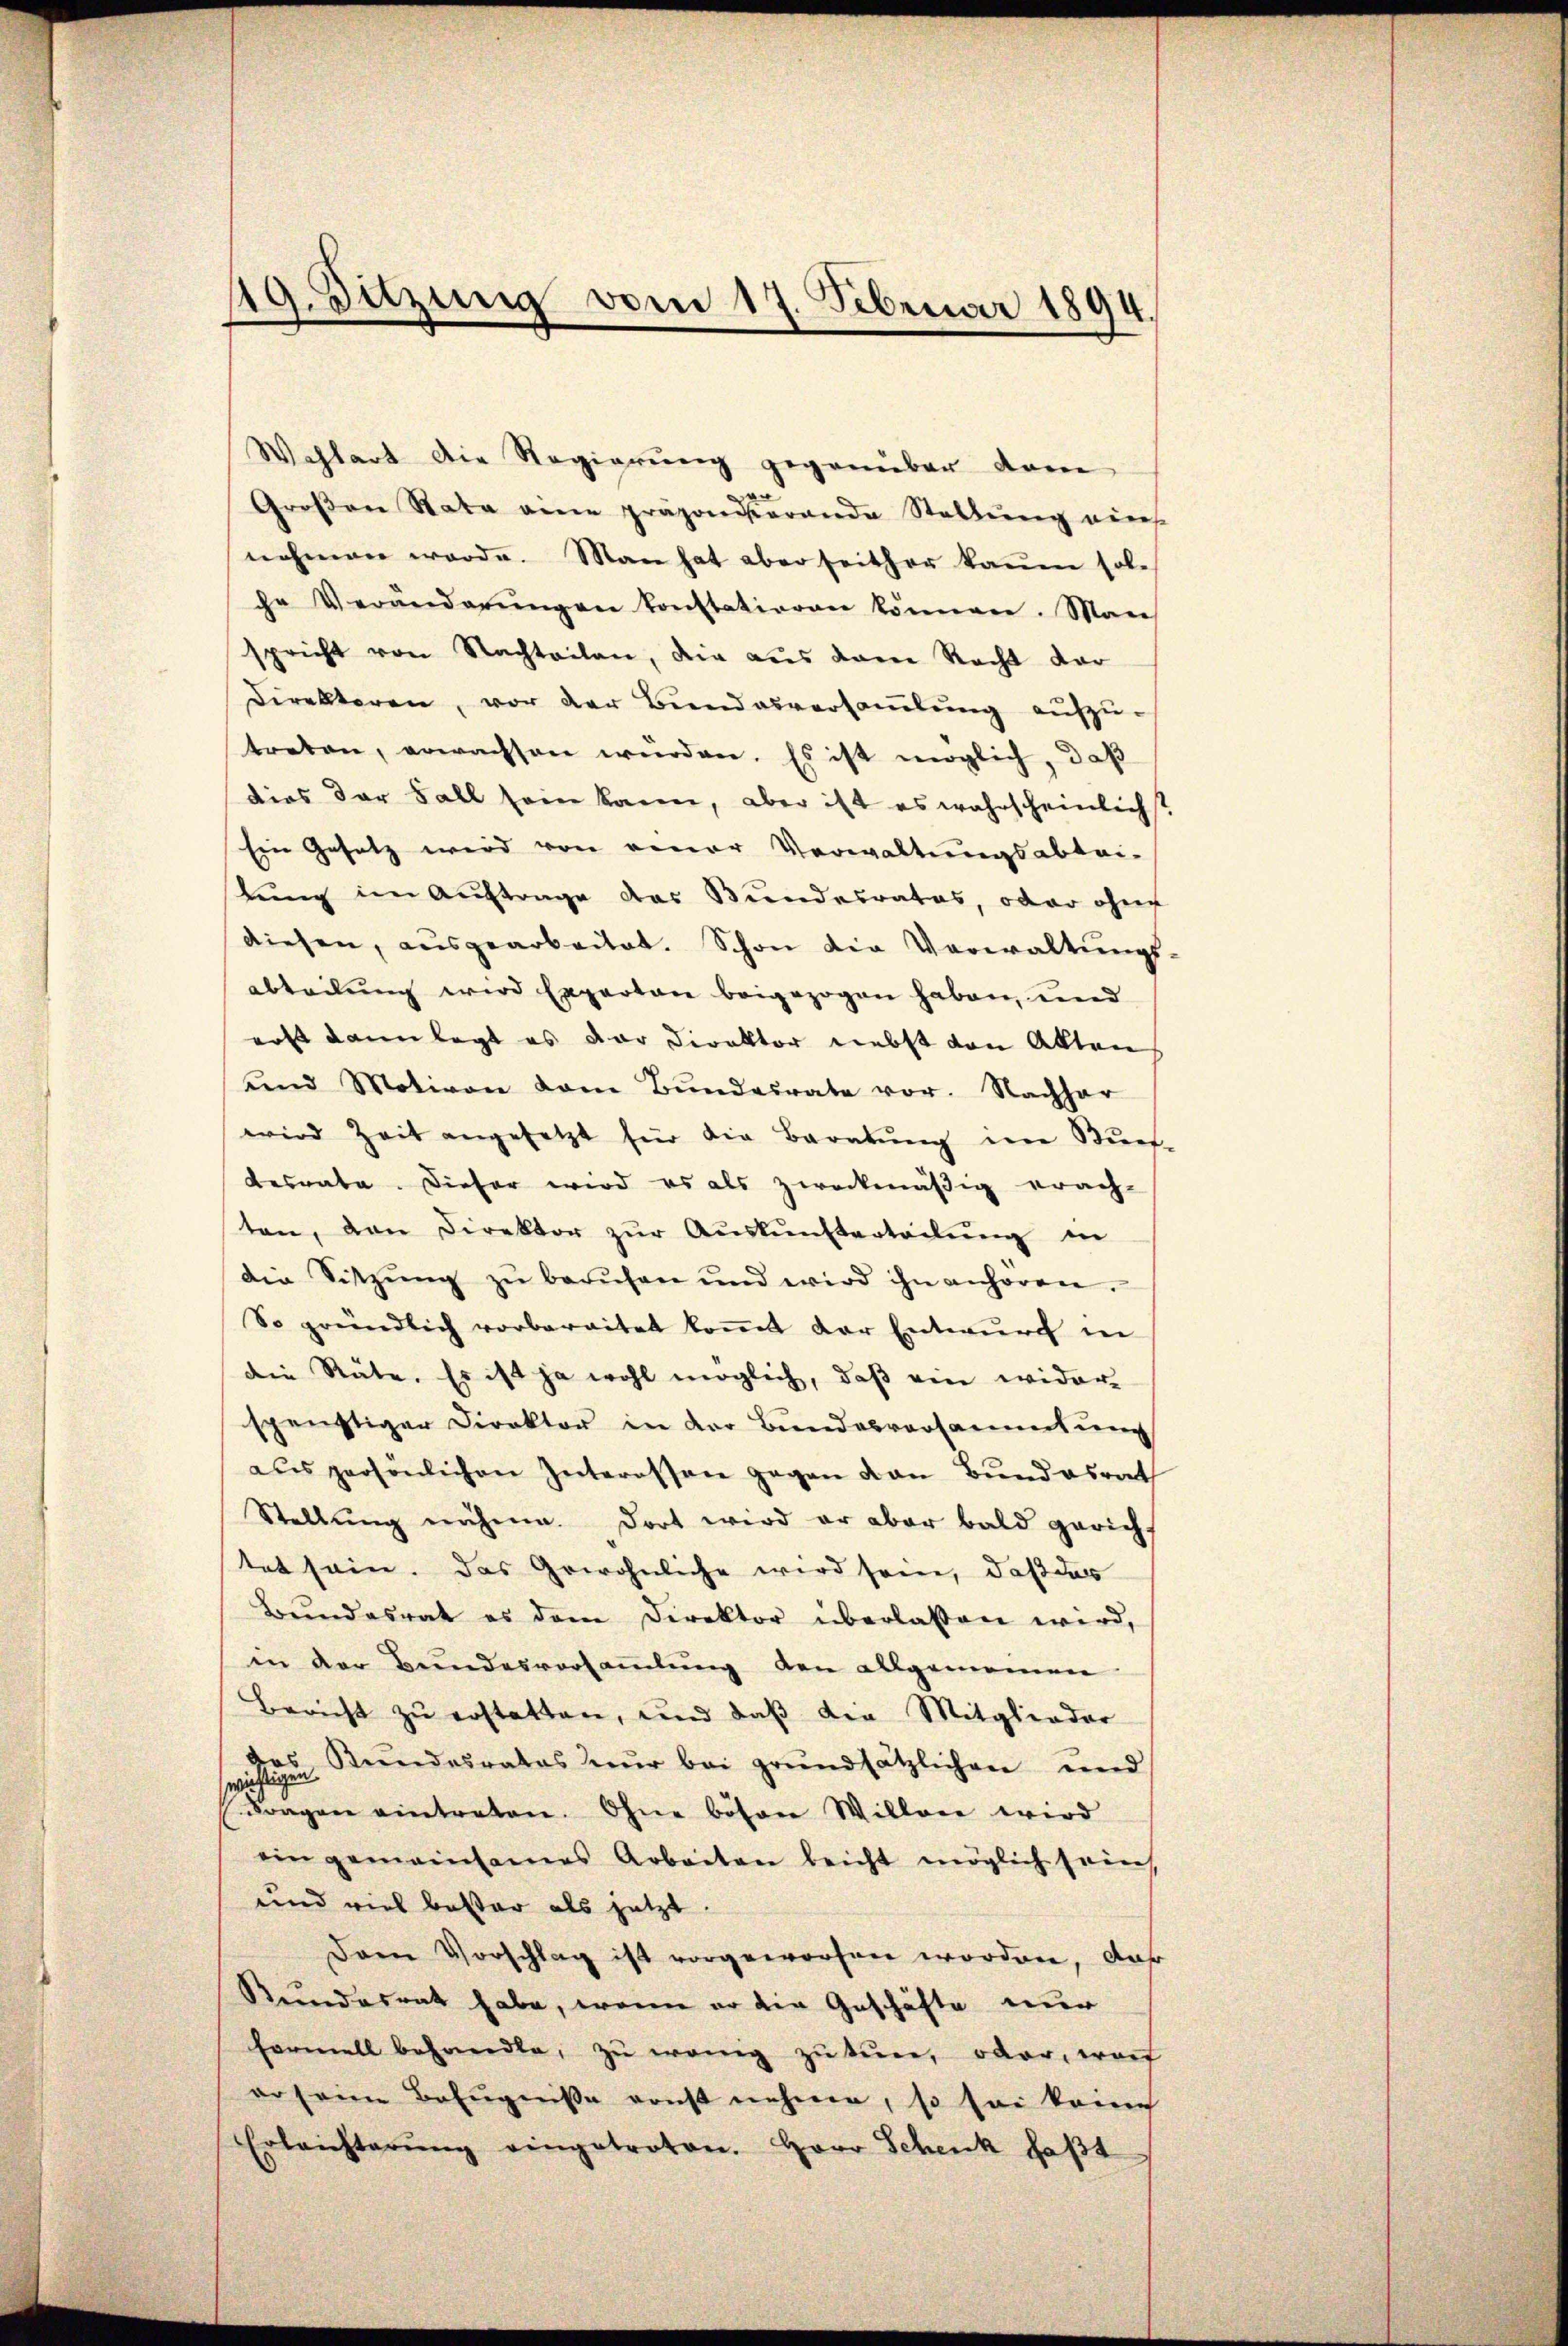
19. Sitzung vom 17. Februar 1894.
e

Wahlart die Regierung gegenüber dam
e
Groβen Stata eine präponierende Stellŭng aus
nehmen werde. Man hat aber seither kaum sol-
che Veränderŭngen konstationen können. Man
spricht von Nachteilen, die aus dem Recht dar
Direktoren, vor der Bundesversaṁlŭng aufzu-
treten, erwachsen würden. Es ist möglich, daß
dies der Fall sein kann, aber ist es wahrscheinlicht
Ein Gesetz wird von einer Verwaltungsabtri-
lung im Auftrage das Bundesrates, oder ohne
diesen, aŭsgearbeitet. Schon die Verwaltŭngs-
abteilung wird Experton beigezogen haben, und
rost dann legt es der Direktor nebst von Akten
und Motiven vom Bŭndesrate vor. Nachhar
wird Zeit angesetzt für die Beratŭng im Bŭrf-
desrate. Dieser wird es als zweckmäßig erach-
ten, von Direktor zŭr Aŭskŭnfterteilŭng in
die Sitzŭng zŭ berŭfen ŭnd wird ihn anhören.
So gründlich vorbereitet koṁt der Entwurf in
die Räte. Es ist ja wohl möglich, daβ ein wider-
spenstiger Direktor in der Bundesversammlung
aus persönlichen Interessen gegen von Bundesrat
Stellung nähme. Dort wird er aber bald gericht
tet sein. Das Gewöhnliche wird seine, daß das
Bundesrat es dem Direktor überlassen wird,
in der Bundesversammlung den allgemeinen
Bericht zŭ erstatten, und daβ die Mitglieder
wichtigen Stundesrates nur bei grundsätzlichen und
Fragen eintreten. Ohne bösen Willen wird
ein gemeinsames Arbeiten leicht möglich sein,
und viel bester als jetzt
Dann Vorschlag ist vorgeworfen worden, daß
Rundesrat habe, wenn er die Geschäfte nur
Formell behandle, zŭ wenig zu tun, oder, worf
eo seien Befugniße ernst nehmen, so sei keine
Erleichterŭng eingetroten. Herr Schenk faβt